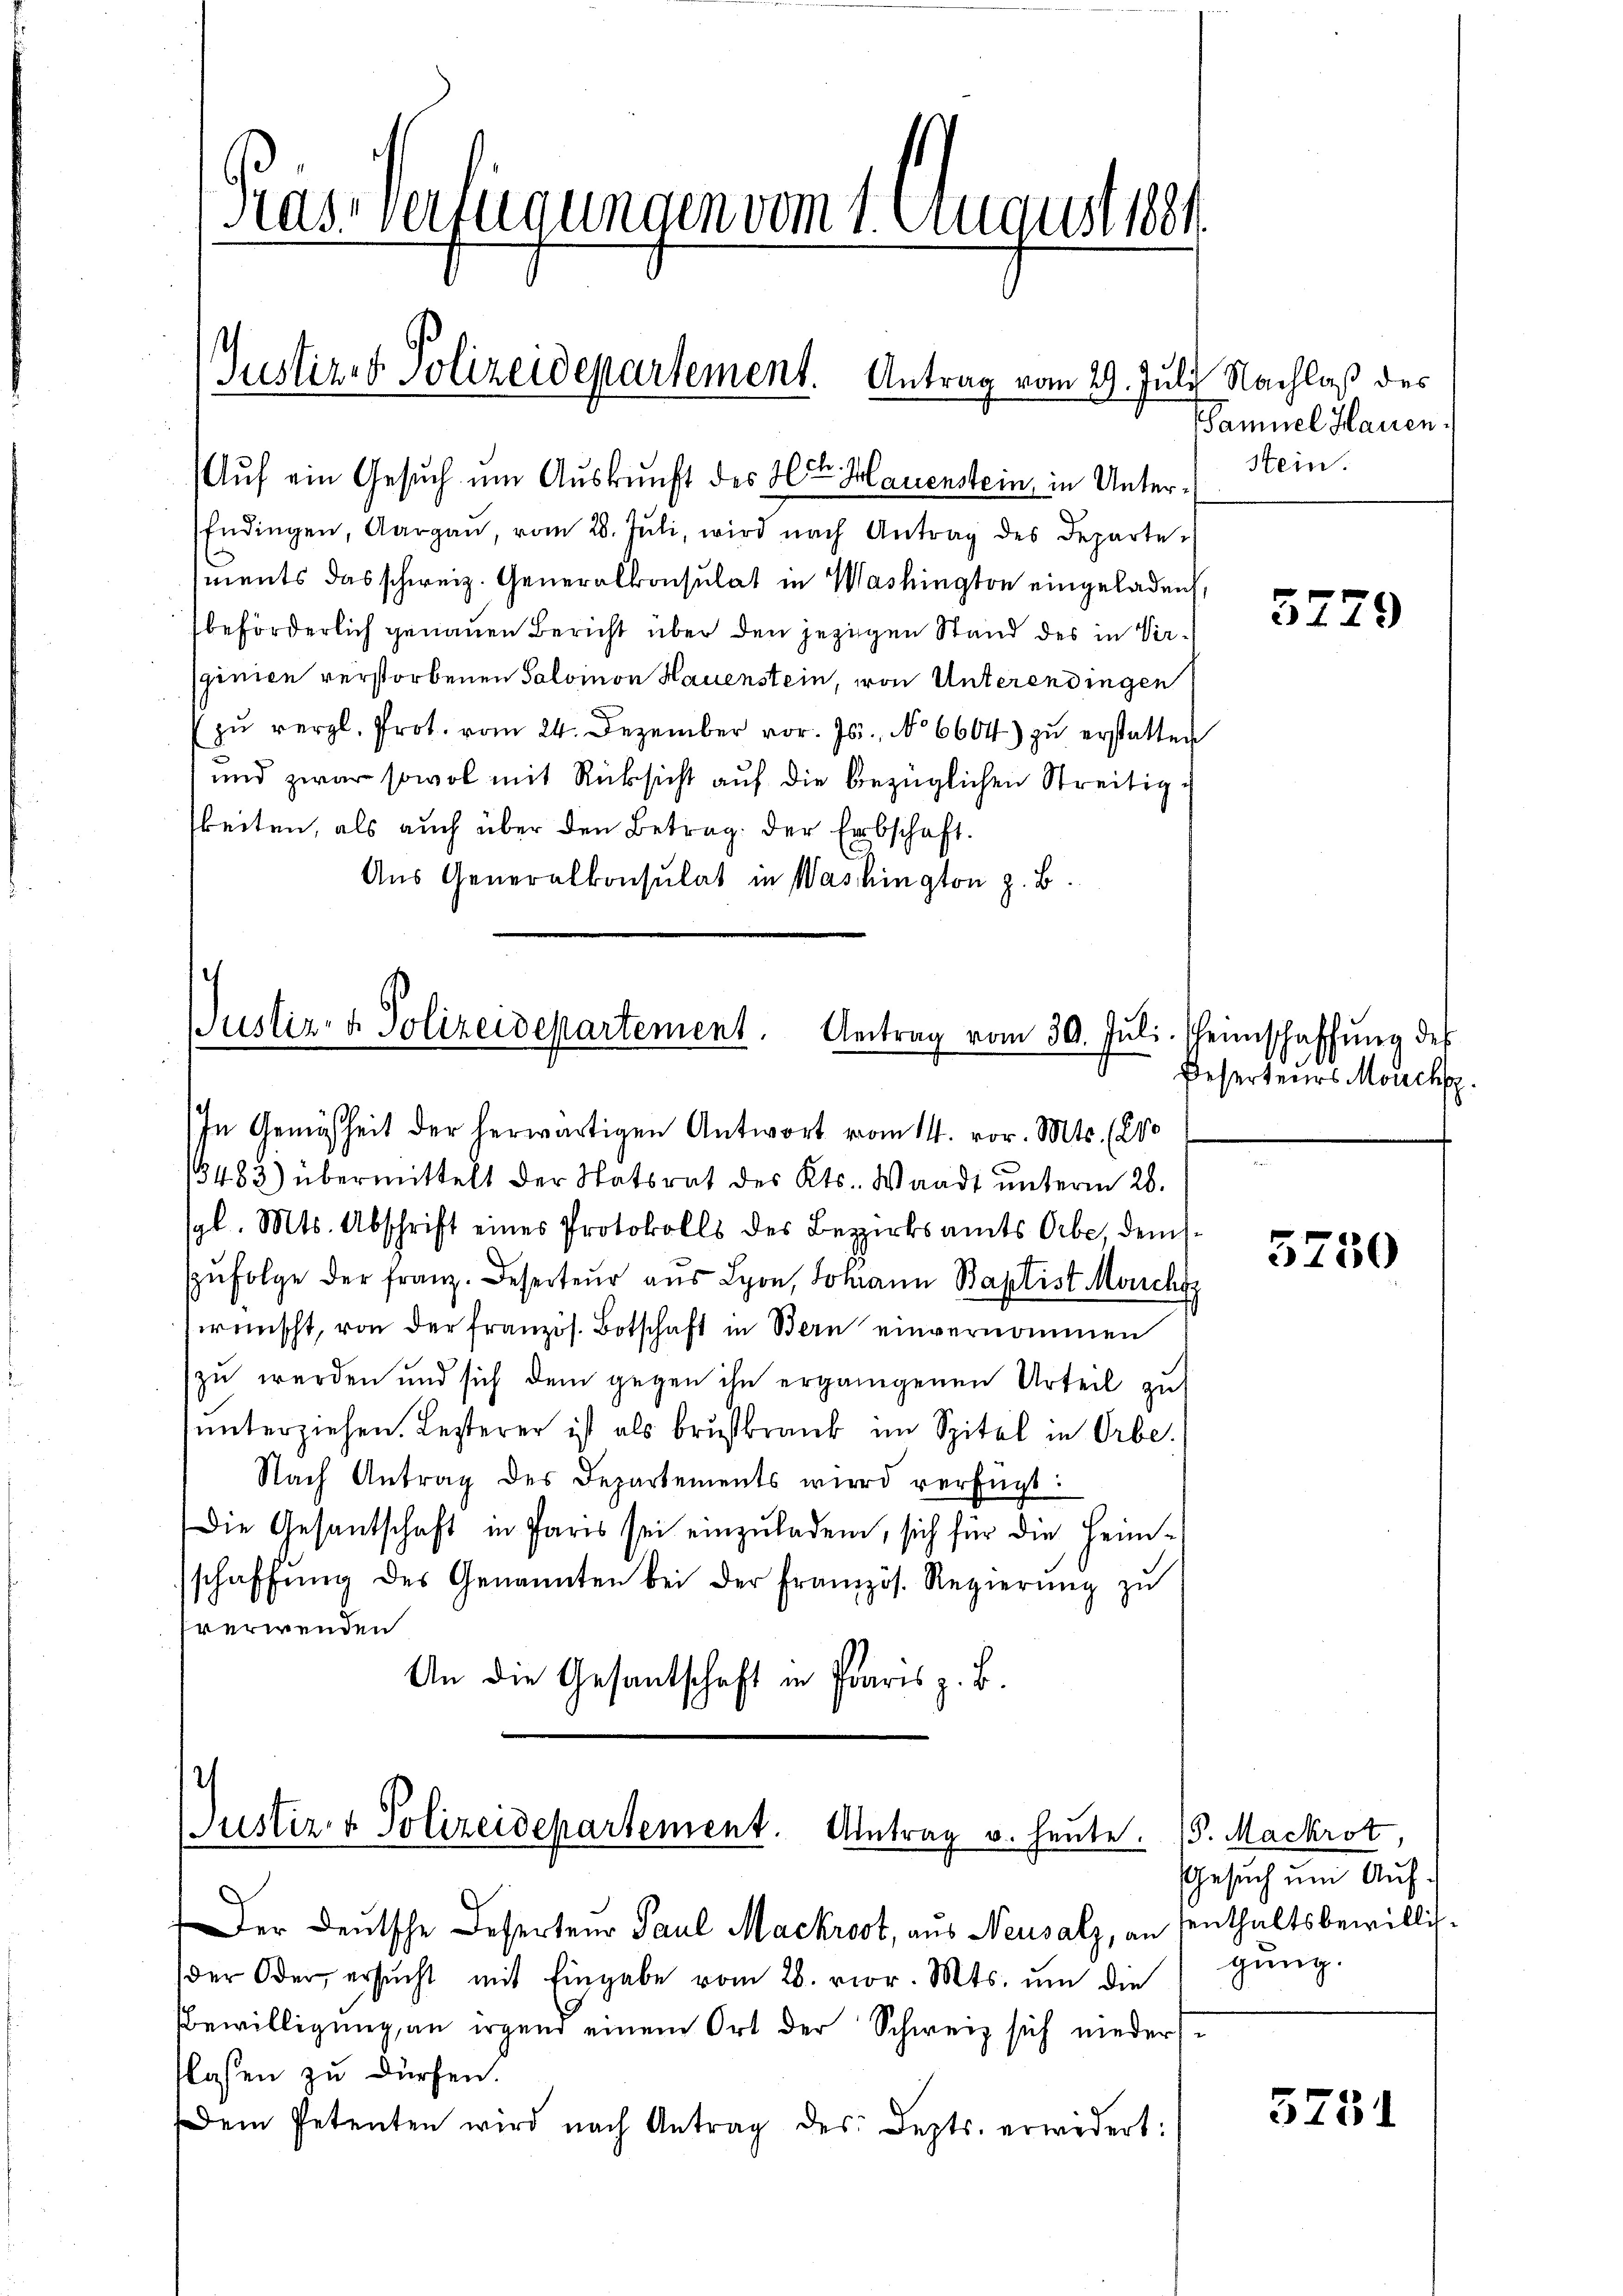
has verfügungen vom 1. August 1881.
A
Justiz & Polizeidepartement. Antrag vom 29. Juli Nachlaß des

Endingen, Aargaŭ, vom 28. Jŭli, wird nach Antrag des Departe-
ments das schweiz. Generalkonsulat in Washington eingeladen,
beförderlich genauen Bericht über den jezigen Stand des in Verginien verstorbenen Salomon Hauenstein, von Unterendingen
zŭ vergl. Prot. vom 24. Dezember vor. Js., No 6604) zŭ erstatten
und zwar sowol mit Rücksicht auf die bezüglichen Streitig i
beiten, als auch über den Betrag der Erbschaft.
Aus Generalkonsulat in Washington z. B.

Auf ein Gesuch um Auskunft des Herrn Hauenstein, in Unter¬

Justiz- & Polizeidepartement. Antrag vom 30. Juli

In Gemäsheit der herwärtigen Antwort vom 14. vor. Mts. (210
3483) übermittelt der Statsrat des Kts. Waadt ŭnterm 28.
gl. Mts. Abschrift eines Protokolls des Bezirksamts Orbe, demszŭfolge der franz. Deserteŭr aŭs Lyon, Johann Baptist Monchy
wünscht, von der französ. Botschaft in Bern einvernommen
zu werden und sich dem gegen ihn ergangenen Urteil zu
unterziehen. Lezterer ist als Brustkrank im Spitel in Orbe.
Nach Antrag des Departements wird verfügt:
Die Gesantschaft in Paris sei einzuladen, sich für die Heimschaffŭng des Genannten bei der Französ. Regierŭng zŭ
sverwenden
An die Gesantschaft in Paris z. B.

Justiz- & Polizeidepartement. Antrag v. heute.

Der Deutsche Deserten Paul Mackrost, aus Neusalz, an senthaltsbewilligder Oder, ersŭcht mit Eingabe vom 28. vor. Mts. um die
Bewilligung an irgend einem Ort der Schweiz sich niedersflassen zu dürfen.
Dem Petenten wird nach Antrag des Depts. erwidert:

Samuel Hauen.
Stein.

5229

Heimschaffung des
Deserteurs Meucht.

3750

S. Mackrot.
Gesuch um Aufgung.

5731